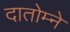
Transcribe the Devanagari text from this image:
दातोम्ने